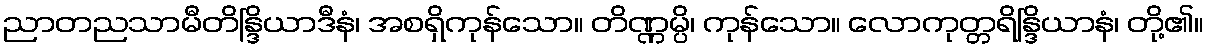
ညာတညသာမီတိန္ဒြိယာဒီနံ၊ အစရှိကုန်သော။ တိဏ္ဏမ္ပိ၊ ကုန်သော။ လောကုတ္တရိန္ဒြိယာနံ၊ တို့၏။